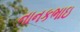
નાનકભાઇ